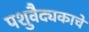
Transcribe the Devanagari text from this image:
पशुवैद्यकाचे